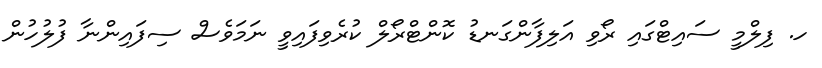
ހ. ފިލްމީ ސައިޓްގައި ރޯވި އަލިފާންގަނޑު ކޮންޓްރޯލް ކުރެވިފައިވީ ނަމަވެސް ސިފައިންނާ ފުލުހުން